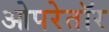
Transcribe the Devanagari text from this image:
ओपरेतॉर